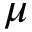
\mu